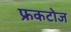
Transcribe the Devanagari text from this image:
फ्रकटोज